Indian Medical Review
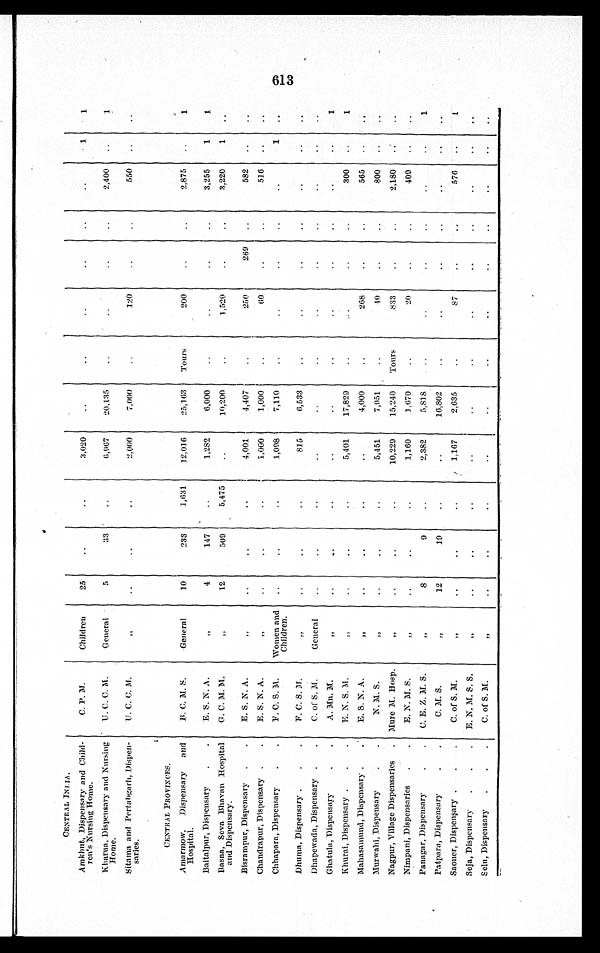
CENTRAL I NDI A.
Amkhut, Dispensary and Child-
ren' s Nursing Home.
C. P. M. Children 25
3. 020
1 1
Kharua, Dispensary and Nursing
Home.
U. C. C.M. General 5
33
6.967 20, 1. 35
2, 400
1
Sitama and Pertabgarh, Dispen-
saries.
U . C . C . M
„
2, 000 7, 000
120
550
CENTRAL PROVINCES.
Amarmow, Dispensary and
Hospital.
B. C. M. S. General 10 233 1, 631 12. 016 25, 163 Tours
200
2, 875
1
Baitalpur, Dispensary
E. S. N. A.
4 147
1,282 6, 000
3, 255 1 1
Basna, Seva Bhavan Hospi t al
and Dispensary.
G . C . M . M .
„ 12 509 5, 475
10. 200
1, 520
3. 220 1
Bisrampur, Dispensary
E. S. N. A.
4, 001
4 , 4 0 7
2 5 0 269
582
Chandrapur, Dispensary
E. S. N. A.
, ,
1. 000 1, 000
6 0
516
Chhapara, Dispensary
F. C. S. M. Women and
Children.
1, 098 7, 110
1
Dhuma, Dispensary
F. C. S. M
815 6, 533
Dhapewada, Dispensary
C. of S. M. General
Ghatula, Dispensary
A. Mn. M.
7 ,
1
Khurai, Dispensary
E.N. S. M.
5,401 17, 829
300
1
Mahsamund, Dispensary
E. S. N. A
„
4, 000
268
565
Murwahi, Dispensary
N. M. S.
, ,
5, 451 7, 951
40
800
Nagpur, Village Dispensaries
M u r e M . H o s p .
„
10, 229 15, 240 Tours
833
2, 180
Nimpani, Dispensaries
E. N. M. S.
, ,
1, 160 1, 670
20
409
Panagar, Dispensary
C. E. Z. M. S.
„ 8
9
2, 382 5,818
1
Patpara, Dispensary
C. M. S.
„ 12
19
16,802
Saoner, Dispensary
C. of S. M.
1, 167 2, 635
87
576
Seja, Dispensary
E. N. M. S. S.
„
Selu, Dispensary
C . o f S . M .
„